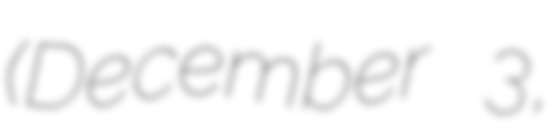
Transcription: (December 3,